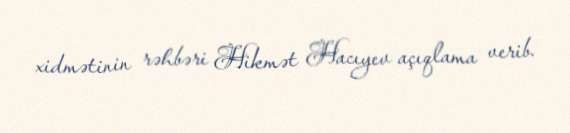
xidmətinin rəhbəri Hikmət Hacıyev açıqlama verib.